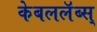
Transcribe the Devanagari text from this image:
केबललॅब्स्